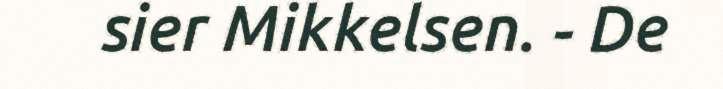
sier Mikkelsen. - De